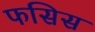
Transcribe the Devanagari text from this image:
फसिस